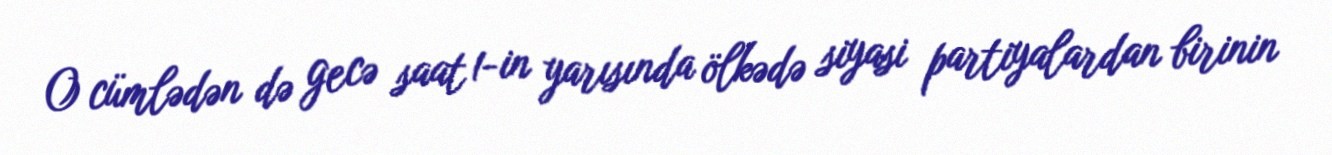
O cümlədən də gecə saat 1-in yarısında ölkədə siyasi partiyalardan birinin